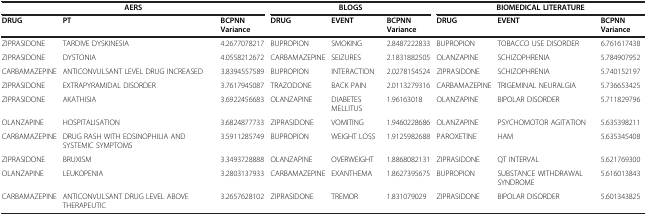
<table><thead><tr><td colspan="3"><b>AERS</b></td><td colspan="3"><b>BLOGS</b></td><td colspan="3"><b>BIOMEDICAL LITERATURE</b></td></tr><tr><td><b>DRUG</b></td><td><b>PT</b></td><td><b>BCPNN Variance</b></td><td><b>DRUG</b></td><td><b>EVENT</b></td><td><b>BCPNN Variance</b></td><td><b>DRUG</b></td><td><b>EVENT</b></td><td><b>BCPNN Variance</b></td></tr></thead><tbody><tr><td>ZIPRASIDONE</td><td>TARDIVE DYSKINESIA</td><td>4.2677078217</td><td>BUPROPION</td><td>SMOKING</td><td>2.8487222833</td><td>BUPROPION</td><td>TOBACCO USE DISORDER</td><td>6.761617438</td></tr><tr><td>ZIPRASIDONE</td><td>DYSTONIA</td><td>4.0558212672</td><td>CARBAMAZEPINE</td><td>SEIZURES</td><td>2.1831882505</td><td>OLANZAPINE</td><td>SCHIZOPHRENIA</td><td>5.784907952</td></tr><tr><td>CARBAMAZEPINE</td><td>ANTICONVULSANT LEVEL DRUG INCREASED</td><td>3.8394557589</td><td>BUPROPION</td><td>INTERACTION</td><td>2.0278154524</td><td>ZIPRASIDONE</td><td>SCHIZOPHRENIA</td><td>5.740152197</td></tr><tr><td>ZIPRASIDONE</td><td>EXTRAPYRAMIDAL DISORDER</td><td>3.7617945087</td><td>TRAZODONE</td><td>BACK PAIN</td><td>2.0113279316</td><td>CARBAMAZEPINE</td><td>TRIGEMINAL NEURALGIA</td><td>5.736653425</td></tr><tr><td>ZIPRASIDONE</td><td>AKATHISIA</td><td>3.6922456683</td><td>OLANZAPINE</td><td>DIABETES MELLITUS</td><td>1.96163018</td><td>OLANZAPINE</td><td>BIPOLAR DISORDER</td><td>5.711829796</td></tr><tr><td>OLANZAPINE</td><td>HOSPITALISATION</td><td>3.6824877733</td><td>ZIPRASIDONE</td><td>VOMITING</td><td>1.9460228686</td><td>OLANZAPINE</td><td>PSYCHOMOTOR AGITATION</td><td>5.635398211</td></tr><tr><td>CARBAMAZEPINE</td><td>DRUG RASH WITH EOSINOPHILIA AND SYSTEMIC SYMPTOMS</td><td>3.5911285749</td><td>BUPROPION</td><td>WEIGHT LOSS</td><td>1.9125982688</td><td>PAROXETINE</td><td>HAM</td><td>5.635345408</td></tr><tr><td>ZIPRASIDONE</td><td>BRUXISM</td><td>3.3493728888</td><td>OLANZAPINE</td><td>OVERWEIGHT</td><td>1.8868082131</td><td>ZIPRASIDONE</td><td>QT INTERVAL</td><td>5.621769300</td></tr><tr><td>OLANZAPINE</td><td>LEUKOPENIA</td><td>3.2803137933</td><td>CARBAMAZEPINE</td><td>EXANTHEMA</td><td>1.8627395675</td><td>BUPROPION</td><td>SUBSTANCE WITHDRAWAL SYNDROME</td><td>5.616013843</td></tr><tr><td>CARBAMAZEPINE</td><td>ANTICONVULSANT DRUG LEVEL ABOVE THERAPEUTIC</td><td>3.2657628102</td><td>ZIPRASIDONE</td><td>TREMOR</td><td>1.831079029</td><td>ZIPRASIDONE</td><td>BIPOLAR DISORDER</td><td>5.601343825</td></tr></tbody></table>